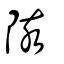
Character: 陔